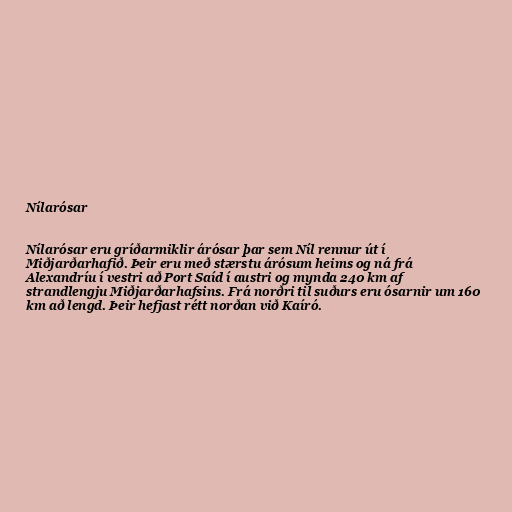
Nílarósar

Nílarósar eru gríðarmiklir árósar þar sem Níl rennur út í
Miðjarðarhafið. Þeir eru með stærstu árósum heims og ná frá
Alexandríu í vestri að Port Saíd í austri og mynda 240 km af
strandlengju Miðjarðarhafsins. Frá norðri til suðurs eru ósarnir um 160
km að lengd. Þeir hefjast rétt norðan við Kaíró.